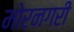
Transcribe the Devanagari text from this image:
मोरनगरी